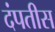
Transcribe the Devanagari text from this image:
दंपतीस